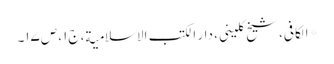
* الکافی، شیخ کلینی، دار الکتب الاسلامیة، ج۱، ص۱۷۔